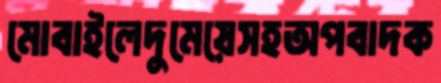
মোবাইলেদুমেয়েসহঅপবাদক